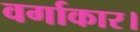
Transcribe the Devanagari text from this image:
वर्गाकार।